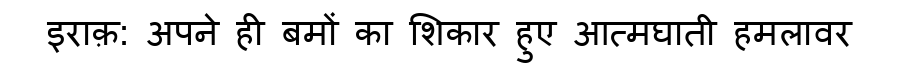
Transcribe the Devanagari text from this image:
इराक़: अपने ही बमों का शिकार हुए आत्मघाती हमलावर